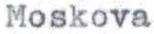
Moskova